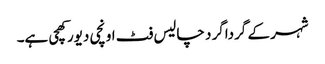
شہر کے گرداگر د چالیس فٹ اونچی دیور کھچی ہے۔